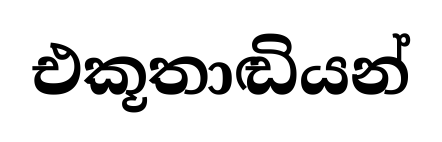
එකූතාඬියන්